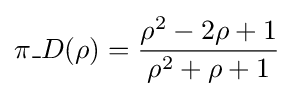
\pi \_D(\rho )={\frac {\rho ^{2}-2\rho +1}{\rho ^{2}+\rho +1}}